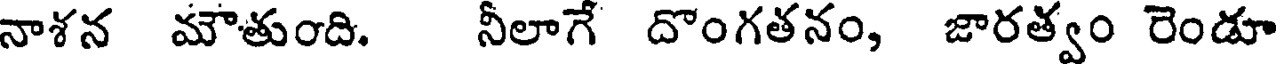
నాశన మౌతుంది. నీలాగే దొంగతనం, జారత్వం రెండూ